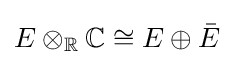
E\otimes _{\mathbb {R} }\mathbb {C} \cong E\oplus {\bar {E}}